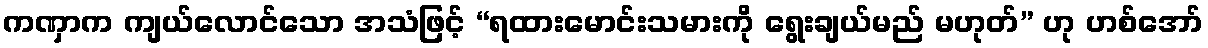
ကဏှာက ကျယ်လောင်သော အသံဖြင့် “ရထားမောင်းသမားကို ရွေးချယ်မည် မဟုတ်” ဟု ဟစ်အော်